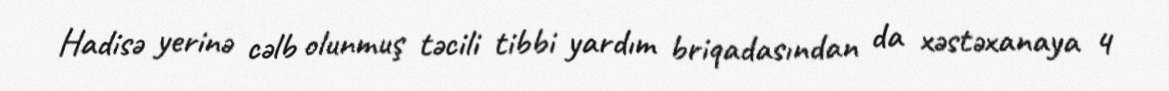
Hadisə yerinə cəlb olunmuş təcili tibbi yardım briqadasından da xəstəxanaya 4